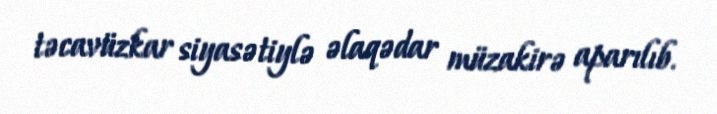
təcavüzkar siyasətiylə əlaqədar müzakirə aparılıb.